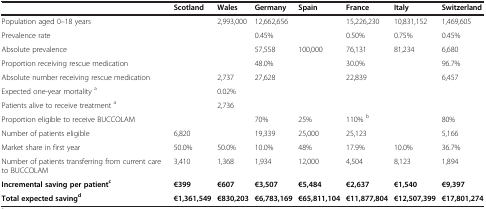
|  | Scotland | Wales | Germany | Spain | France | Italy | Switzerland |
 | --- | --- | --- | --- | --- | --- | --- | --- |
 | Population aged 0–18 years |  | 2,993,000 | 12,662,656 |  | 15,226,230 | 10,831,152 | 1,469,605 |
 | Prevalence rate |  |  | 0.45% |  | 0.50% | 0.75% | 0.45% |
 | Absolute prevalence |  |  | 57,558 | 100,000 | 76,131 | 81,234 | 6,680 |
 | Proportion receiving rescue medication |  |  | 48.0% |  | 30.0% |  | 96.7% |
 | Absolute number receiving rescue medication |  | 2,737 | 27,628 |  | 22,839 |  | 6,457 |
 | Expected one-year mortality a |  | 0.02% |  |  |  |  |  |
 | Patients alive to receive treatment a |  | 2,736 |  |  |  |  |  |
 | Proportion eligible to receive BUCCOLAM |  |  | 70% | 25% | 110% b |  | 80% |
 | Number of patients eligible | 6,820 |  | 19,339 | 25,000 | 25,123 |  | 5,166 |
 | Market share in first year | 50.0% | 50.0% | 10.0% | 48% | 17.9% | 10.0% | 36.7% |
 | Number of patients transferring from current care to BUCCOLAM | 3,410 | 1,368 | 1,934 | 12,000 | 4,504 | 8,123 | 1,894 |
 | Incremental saving per patientc | €399 | €607 | €3,507 | €5,484 | €2,637 | €1,540 | €9,397 |
 | Total expected savingd | €1,361,549 | €830,203 | €6,783,169 | €65,811,104 | €11,877,804 | €12,507,399 | €17,801,274 |